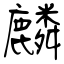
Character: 麟